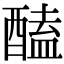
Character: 醘